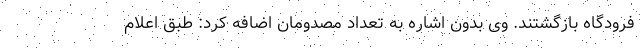
فرودگاه بازگشتند. وی بدون اشاره به تعداد مصدومان اضافه کرد: طبق اعلام